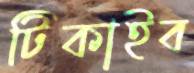
টিকাইব